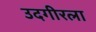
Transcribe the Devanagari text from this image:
उदगीरला